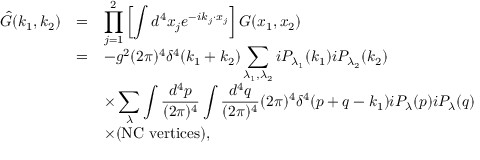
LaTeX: \begin{array} { r c l } { { \hat { G } ( k _ { 1 } , k _ { 2 } ) } } & { { = } } & { { \displaystyle \prod _ { j = 1 } ^ { 2 } \left[ \int d ^ { 4 } x _ { j } e ^ { - i k _ { j } \cdot x _ { j } } \right] G ( x _ { 1 } , x _ { 2 } ) } } \\ { { } } & { { = } } & { { \displaystyle - g ^ { 2 } ( 2 \pi ) ^ { 4 } \delta ^ { 4 } ( k _ { 1 } + k _ { 2 } ) \sum _ { \lambda _ { 1 } , \lambda _ { 2 } } i P _ { \lambda _ { 1 } } ( k _ { 1 } ) i P _ { \lambda _ { 2 } } ( k _ { 2 } ) } } \\ { { } } & { { } } & { { \displaystyle \times \sum _ { \lambda } \int \frac { d ^ { 4 } p } { ( 2 \pi ) ^ { 4 } } \int \frac { d ^ { 4 } q } { ( 2 \pi ) ^ { 4 } } ( 2 \pi ) ^ { 4 } \delta ^ { 4 } ( p + q - k _ { 1 } ) i P _ { \lambda } ( p ) i P _ { \lambda } ( q ) } } \\ { { } } & { { } } & { { \times ( \mathrm { N C ~ v e r t i c e s } ) , } } \end{array}